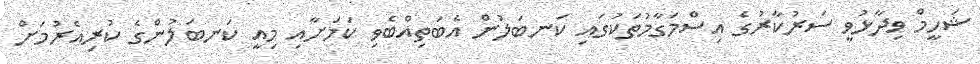
ޝަހީމް ވިދާޅުވީ ސަރުކާރުގެ އިސްމަގާމުތަކުގައި ކަނބަލުން އެބަތިއްބެވި ކަމަށާއި މިއީ ކަނބަލުންގެ ކުރިއެރުމަށް